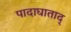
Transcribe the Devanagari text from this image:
पादाघाताद्